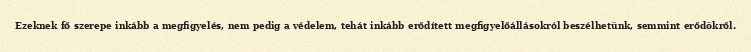
Ezeknek fő szerepe inkább a megfigyelés, nem pedig a védelem, tehát inkább erődített megfigyelőállásokról beszélhetünk, semmint erődökről.